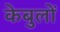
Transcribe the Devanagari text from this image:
केबुलों